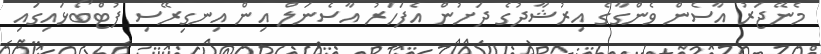
މެނޭޖަރު އާސެން ވެންގާގެ އިރުޝާދުގެ ދަށުން އެފަހަރު އާސެނަލް އިން އިނގިރޭސި ފުޓްބޯޅައިގައި